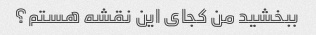
ببخشید من کجای این نقشه هستم؟